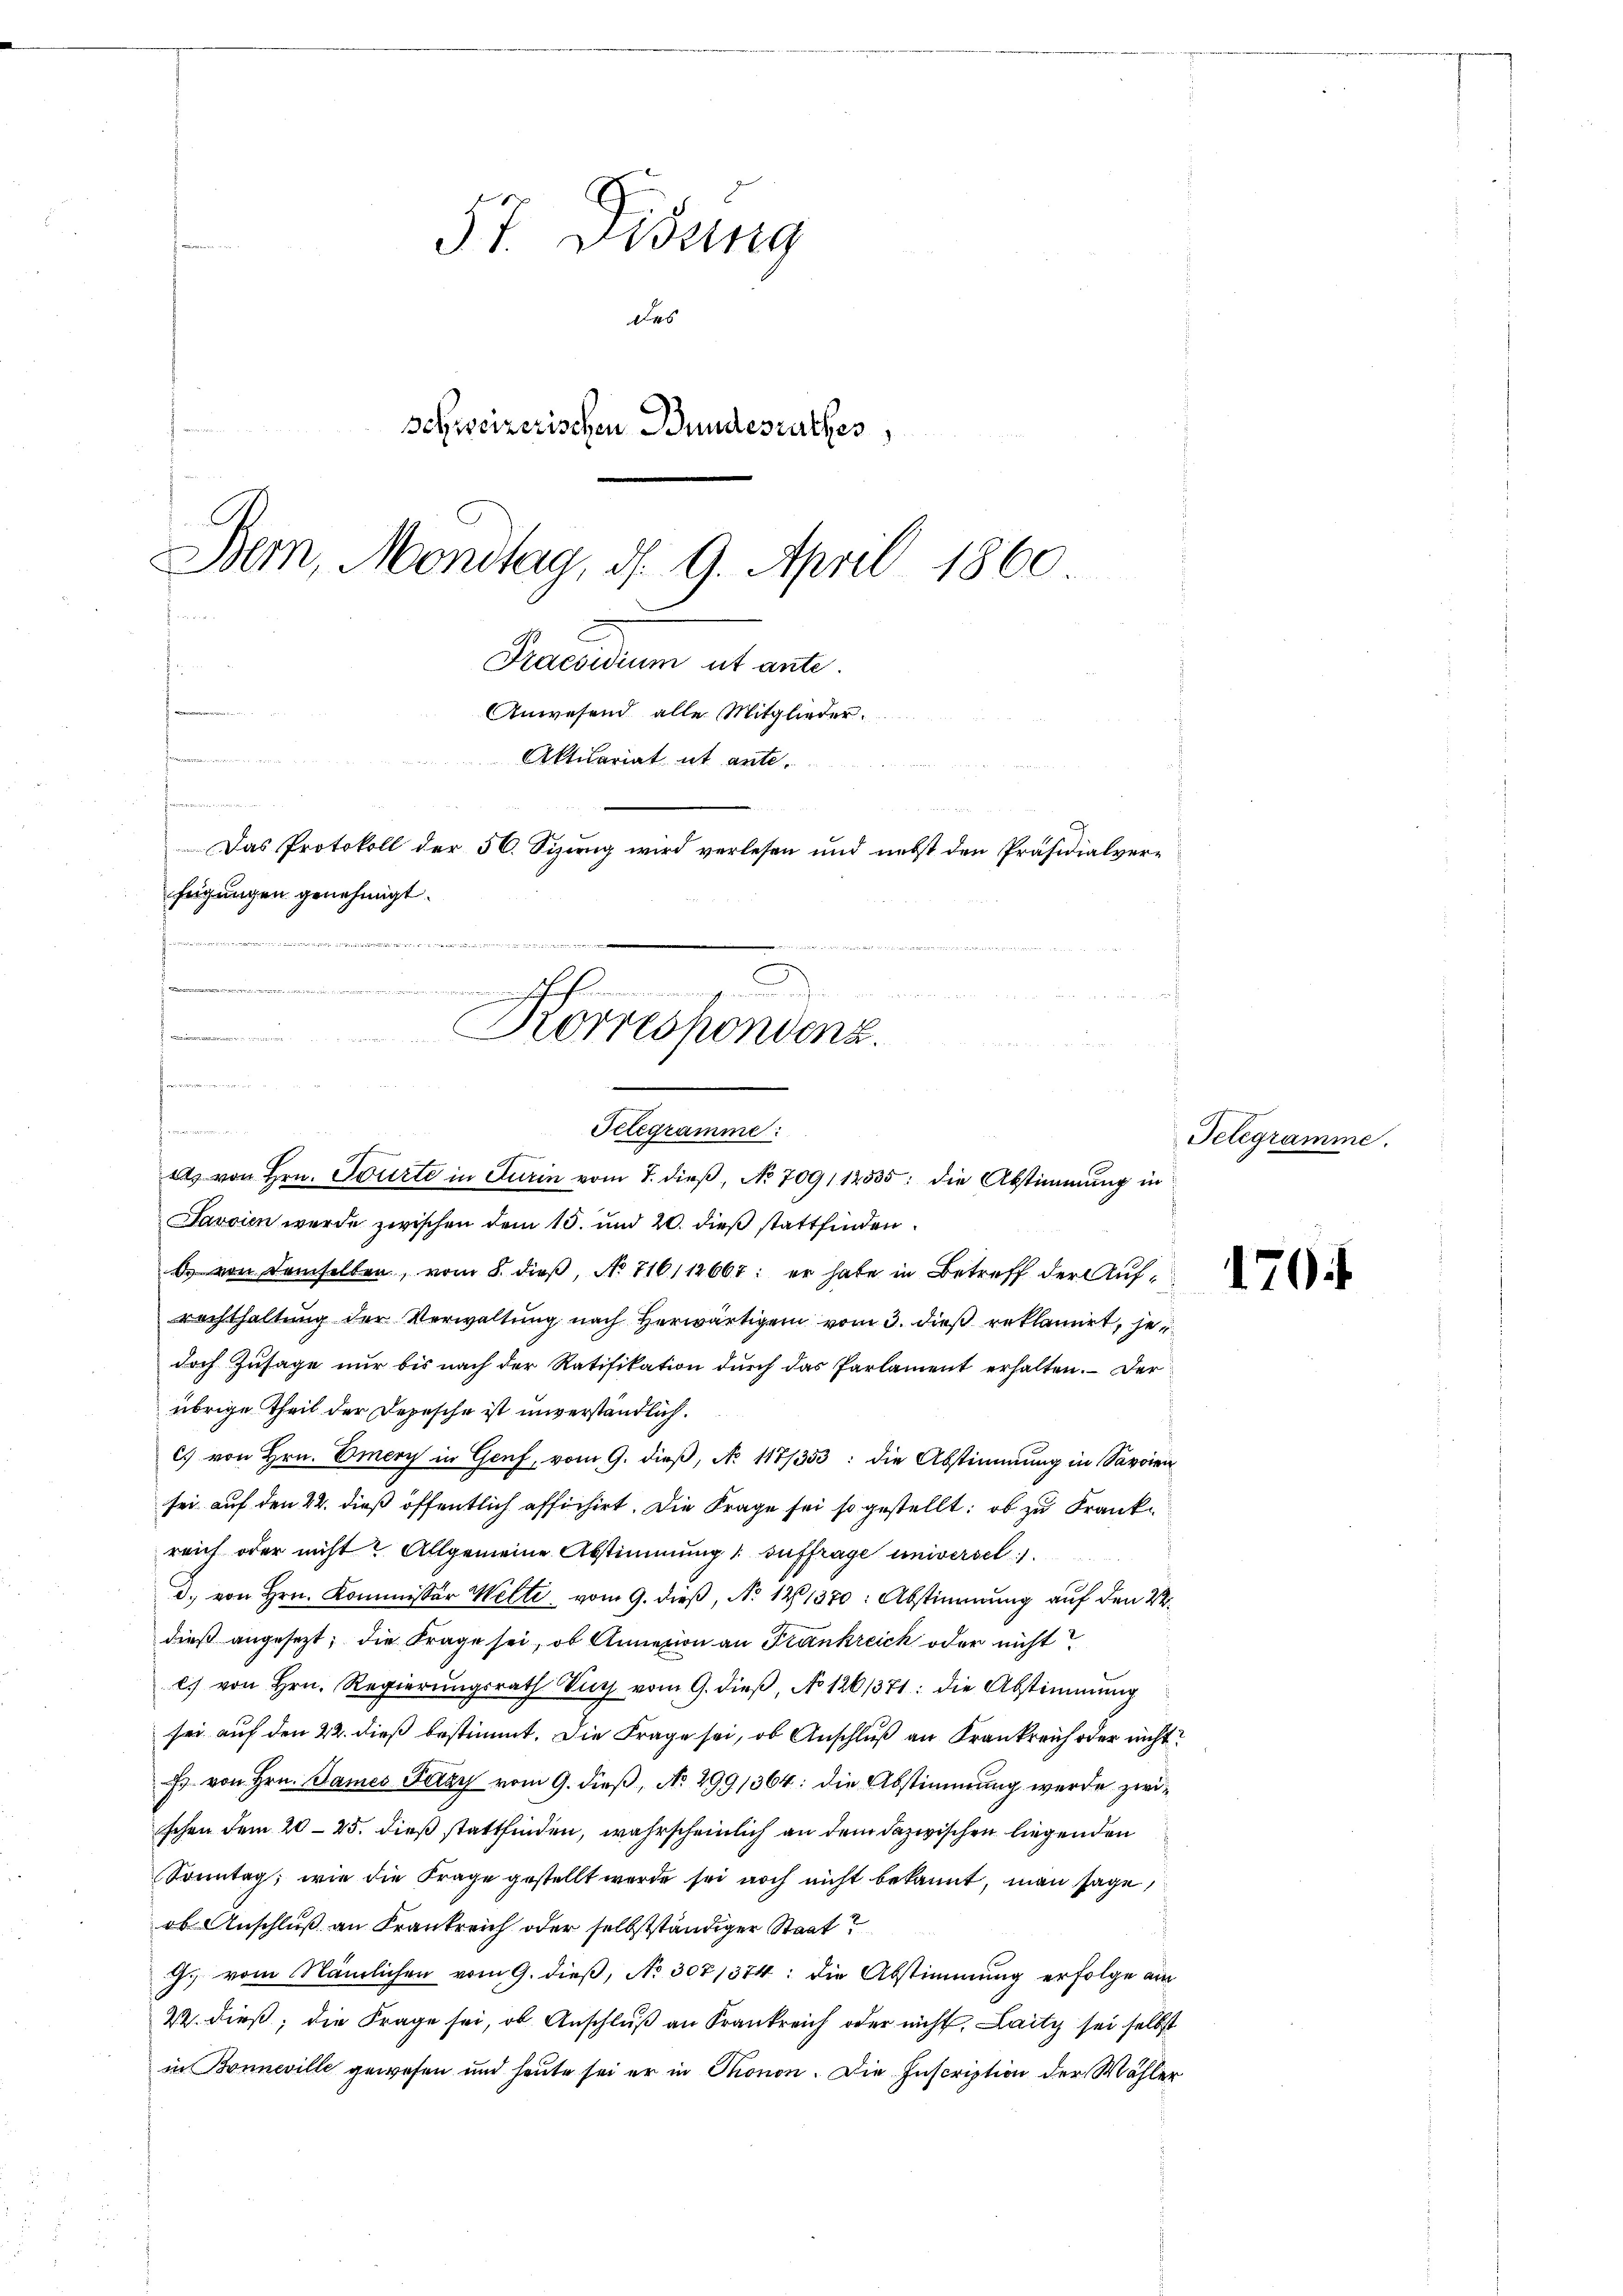
57. Disung
des
schweizerischen Bundesrathes,
Bem, Montag, d. 9. April 1860
d
Praesidium ut ante.
s

Anwesend alle Mitglieder.
W
Aktuariat ut ante.
 reden werden der
d
Das Protokoll der 56. Sizung wird verlesen und nebst den Präsidialverfügungen genehmigt.
d

e
u
rinnerungen un

Korrespondenz.

f. des hiesigen seien, da der di
Telegramme:
ets von Hrn. Tourte in Turin vom 7. dieβ, No 709112535: die Abstimmung in

Jarvien wurde zwischen dem 15. und 20. dieß stattfinden.
d von demselben, vom 8. dieβ, No 716112667: er habe in Betreff der Aufrachthaltung der Verwaltung nach herwärtigen vom 3. dieß reklamirt, her
doch Zusage nur bis nach der Ratifikation durch das Parlament erhalten. - Der
übrige Theil der Depesche ist unverständlich.
c. von Hrn. Emery in Genf, vom 9. dieß, No 117/353: die Abstimmung in Savoien
sei auf den 22. dieß öffentlich afficirt. Die Frage sei so gestellt; ob zu Frankreich oder nicht? Allgemeine Abstimmung 1 auffrage universel
d. von Hrn. Kommissor Welti vom 9. dieß, No 121370: Abstimmung auf den 22.
dieß angesezt; die Frage sei, ob Annazion an Frankreich oder nicht
es von Hrn. Regierŭngsrath Vieh vom 9. dieβ, No 126/371: die Abstimmung
sei auf den 22. dieß bestimmt. Die Frage sei, ob Anschluß an Frankreich oder nicht?
Es von Hrn. Bames Tazy vom 9. dieß, No. 2991364: die Abstimmung werde zwischen dem 20–25. dieß stattfinden, wahrscheinlich an dem dazwischen liegenden
Sonntag, wie die Frage gestellt werde sei noch nicht bekannt, man sage,
ob Anschluß an Frankreich oder selbstständiger Staat?
G. vom Nämlichen vom 9. dieß, No 307/374: die Abstimmung erfolge am
2. dieß, die Frage sei, ob Anschluß an Krankreich oder nicht, Laity sei selbst
in Bonneville gewesen und heute sei er in Thonon. Die Inscription der Wahler

Telegramme.

170